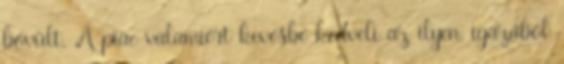
bővült. A piac valamiért kevésbé kedveli az ilyen, igazából